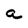
Character: a